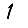
Digit: 1